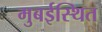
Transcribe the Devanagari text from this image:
मुबईस्थित